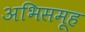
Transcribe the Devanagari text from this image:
अभिसमूह